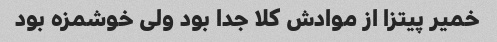
خمیر پیتزا از موادش کلا جدا بود ولی خوشمزه بود